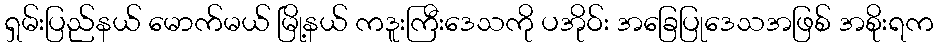
ရှမ်းပြည်နယ် မောက်မယ် မြို့နယ် ကဒူးကြီးဒေသကို ပအိုဝ်း အခြေပြုဒေသအဖြစ် အစိုးရက